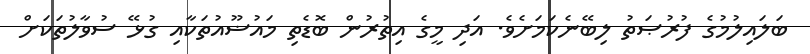
ބަލައިލުމުގެ ފުރުޞަތު ލިބޭނެކަމަށެވެ. އަދި މީގެ އިތުރުން ބޮޑެތި މައުޟޫއުތަކާއި ގުޅޭ ސުވާލުތަކަށް